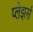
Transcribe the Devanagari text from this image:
प्लेझर्स